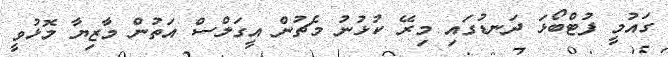
ގައުމީ ފުޓްބޯޅަ ދަނޑުގައި މިރޭ ކުޅުނު މެޗުން އީގަލްސް އަތުން މާޒިޔާ މޮޅުވީ